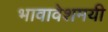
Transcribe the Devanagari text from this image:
भावावेशमयी